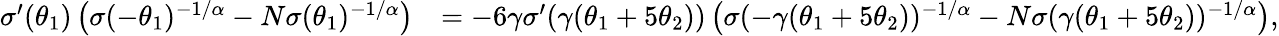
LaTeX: \begin{array}{rl}{\sigma^{\prime}(\theta_{1})\left(\sigma(-\theta_{1})^{-1/\alpha}-N\sigma(\theta_{1})^{-1/\alpha}\right)}&{=-6\gamma\sigma^{\prime}(\gamma(\theta_{1}+5\theta_{2}))\left(\sigma(-\gamma(\theta_{1}+5\theta_{2}))^{-1/\alpha}-N\sigma(\gamma(\theta_{1}+5\theta_{2}))^{-1/\alpha}\right),}\end{array}